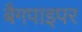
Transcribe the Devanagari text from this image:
बैगपाइपर